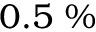
0 . 5 ~ \%